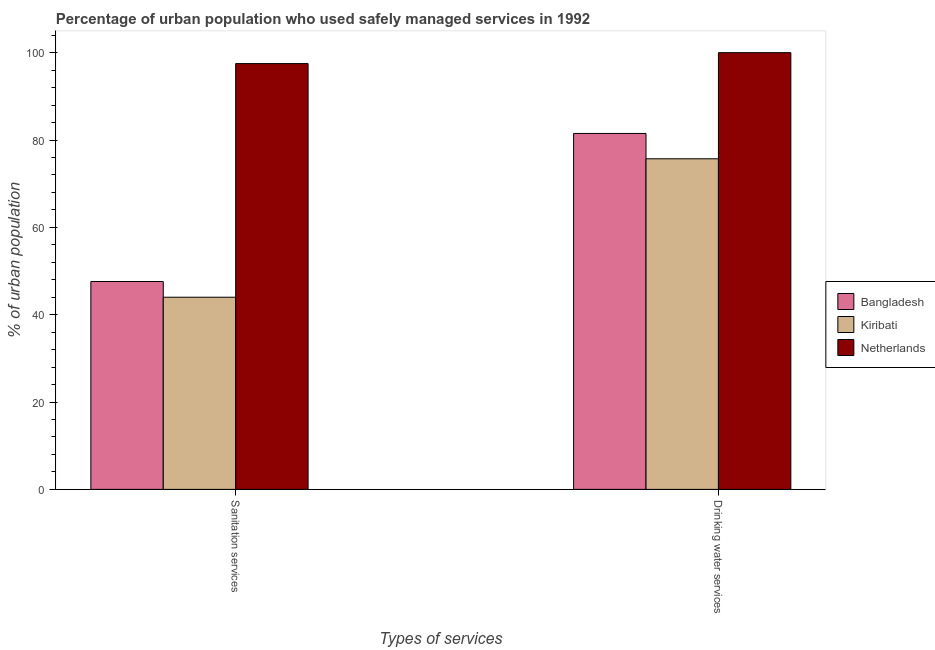
| Types of services | Bangladesh | Kiribati | Netherlands |
 | --- | --- | --- | --- |
 | Sanitation services | 47.6 | 44 | 97.5 |
 | Drinking water services | 81.5 | 75.7 | 100 |